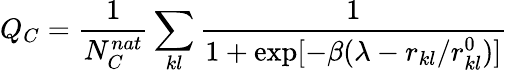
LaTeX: Q_{C}=\frac{1}{N_{C}^{nat}}\sum_{kl}\frac{1}{1+\exp[-\beta(\lambda-r_{kl}/r_{kl}^{0})]}